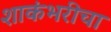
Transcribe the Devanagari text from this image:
शाकंभरीचा